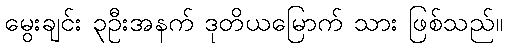
မွေးချင်း ၃ဦးအနက် ဒုတိယမြောက် သား ဖြစ်သည်။